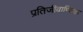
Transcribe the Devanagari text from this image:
प्रतिजीवाण्विक